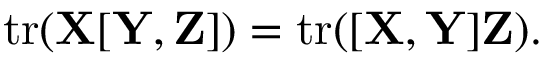
\operatorname { t r } ( \mathbf { X } [ \mathbf { Y } , \mathbf { Z } ] ) = \operatorname { t r } ( [ \mathbf { X } , \mathbf { Y } ] \mathbf { Z } ) .